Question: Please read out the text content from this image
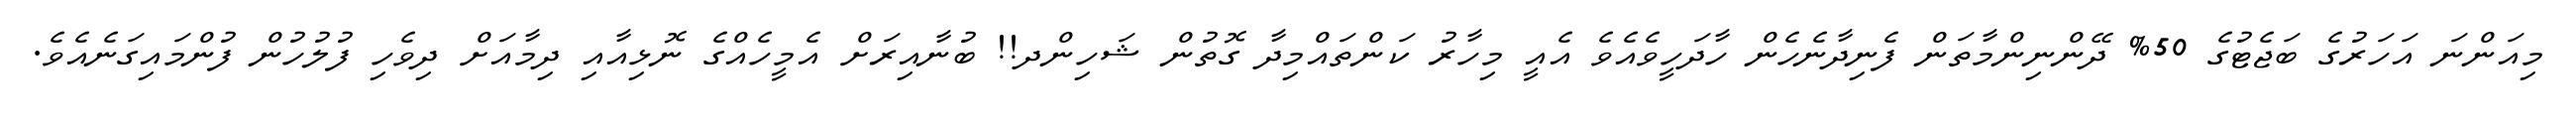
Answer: މިއަންނަ އަހަރުގެ ބަޖެޓުގެ 50% ދޭންނިންމާތަން ފެނިދާނެހެން ހާދަހީވެއެވެ އެއީ މިހާރު ކަންތައްމިދާ ގޮތުން ޝަހިންދ!! ބުނާއިރަށް އެމީހެއްގެ ނޮޅިއާއި ދިމާއަށް ދިވެހި ފުލުހުން ފުންމައިގަނެއެވެ.